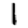
Digit: 1